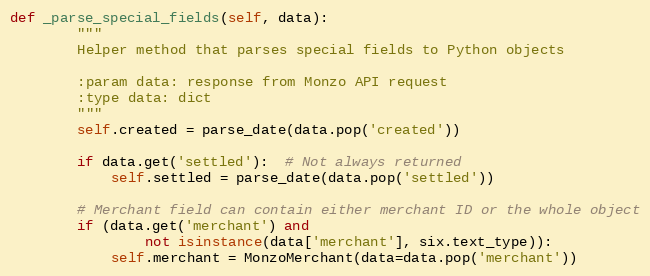
Language: Python
def _parse_special_fields(self, data):
        """
        Helper method that parses special fields to Python objects

        :param data: response from Monzo API request
        :type data: dict
        """
        self.created = parse_date(data.pop('created'))

        if data.get('settled'):  # Not always returned
            self.settled = parse_date(data.pop('settled'))

        # Merchant field can contain either merchant ID or the whole object
        if (data.get('merchant') and
                not isinstance(data['merchant'], six.text_type)):
            self.merchant = MonzoMerchant(data=data.pop('merchant'))